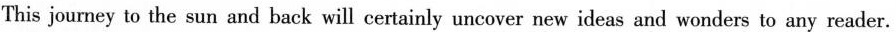
This journey to the sun and back will certainly uncover new ideas and wonders to any reader.